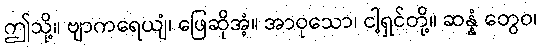
ဤသို့။ ဗျာကရေယျံ၊ ဖြေဆိုအံ့။ အာဝုသော၊ ငါ့ရှင်တို့။ ဆန္နံ တွေဝ၊